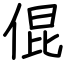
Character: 倱